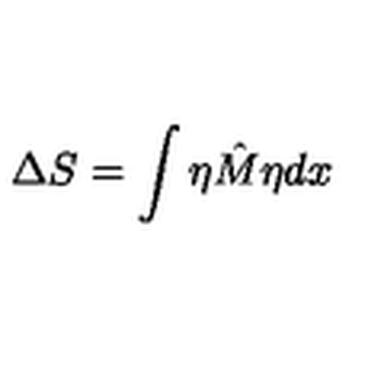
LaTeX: \Delta S = \int \eta \hat { M } \eta d x